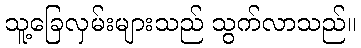
သူ့ခြေလှမ်းများသည် သွက်လာသည်။